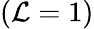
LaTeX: (\mathcal{L}=1)